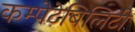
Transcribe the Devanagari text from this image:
कम्पेटेबिलिटी